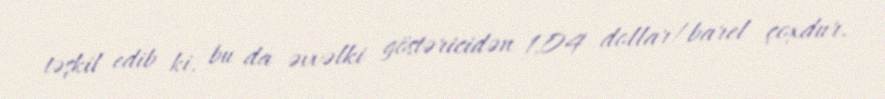
təşkil edib ki, bu da əvvəlki göstəricidən 1,04 dollar/barel çoxdur.